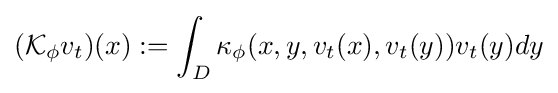
({\mathcal {K}}_{\phi }v_{t})(x):=\int _{D}\kappa _{\phi }(x,y,v_{t}(x),v_{t}(y))v_{t}(y)dy